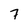
Character: 7